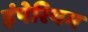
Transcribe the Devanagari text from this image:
इंपेरियम